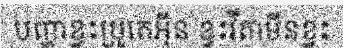
បញ្ហាខ្វះប្រូតេអ៊ីន ខ្វះវីតាមីនខ្វះ